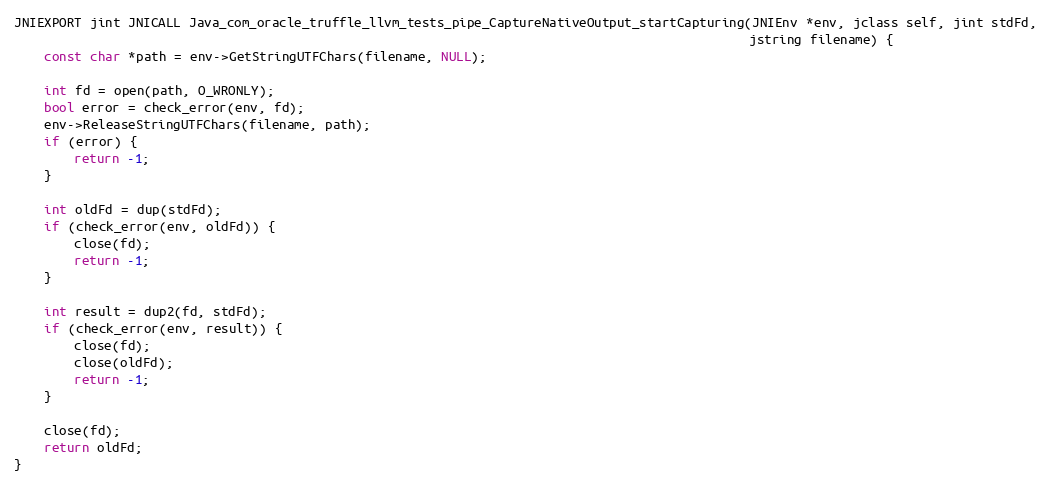
Language: C++
JNIEXPORT jint JNICALL Java_com_oracle_truffle_llvm_tests_pipe_CaptureNativeOutput_startCapturing(JNIEnv *env, jclass self, jint stdFd,
                                                                                                  jstring filename) {
    const char *path = env->GetStringUTFChars(filename, NULL);

    int fd = open(path, O_WRONLY);
    bool error = check_error(env, fd);
    env->ReleaseStringUTFChars(filename, path);
    if (error) {
        return -1;
    }

    int oldFd = dup(stdFd);
    if (check_error(env, oldFd)) {
        close(fd);
        return -1;
    }

    int result = dup2(fd, stdFd);
    if (check_error(env, result)) {
        close(fd);
        close(oldFd);
        return -1;
    }

    close(fd);
    return oldFd;
}